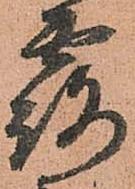
露